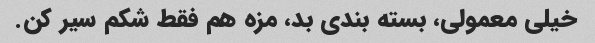
خیلی معمولی، بسته بندی بد، مزه هم فقط شکم سیر کن.